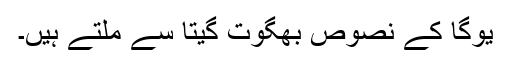
یوگا کے نصوص بھگوت گیتا سے ملتے ہیں۔